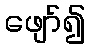
ဖျော်၍